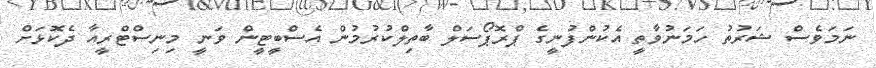
ނަމަވެސް ޝަރުތު ހަމަނުވާތީ އެކުންފުނީގެ ޕްރޮޕޯސަލް ބާތިލްކުރުމުން އެސްބީޓީން ވަނީ މިނިސްޓްރީއާ ދެކޮޅަށް